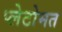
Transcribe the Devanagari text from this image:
प्लेटोमत